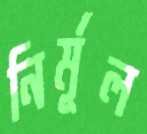
নির্মূল